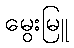
မွေးမြူ